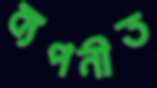
ব্যপনীত